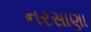
નરસાણા